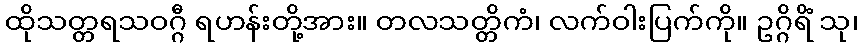
ထိုသတ္တရသဝဂ္ဂီ ရဟန်းတို့အား။ တလသတ္တိကံ၊ လက်ဝါးပြက်ကို။ ဥဂ္ဂိရိံ သု၊